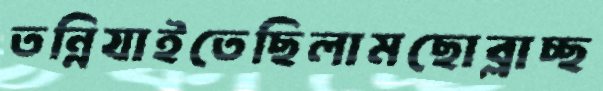
তন্নিযাইতেছিলামছোব্‌লাচ্ছ